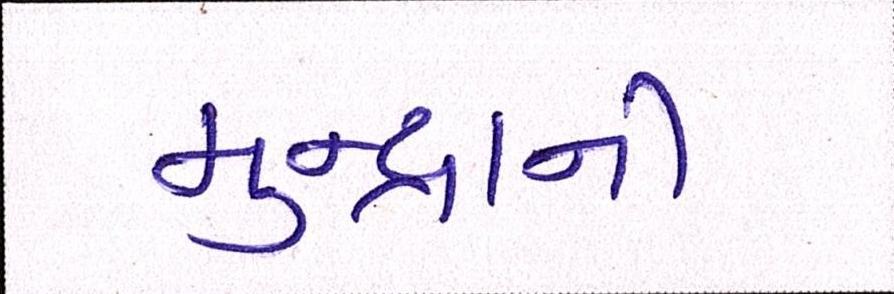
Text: મુન્દ્રાની